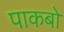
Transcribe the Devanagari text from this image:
पाकबो